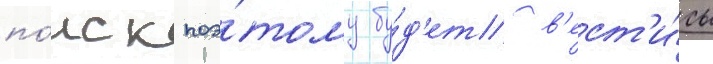
по́иск поэ́тому бу́д'ет в'ест'и́сь